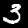
Label: 3